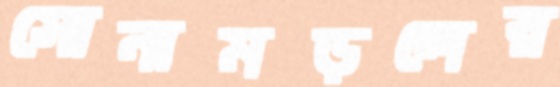
সোনামড়লের